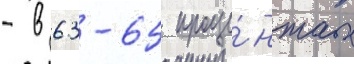
- в 63-65 проце́нтах